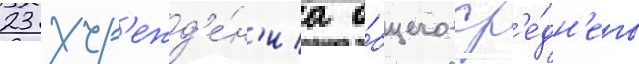
23 учр'ежд'е́н'иа о́бщего ср'е́дн'его